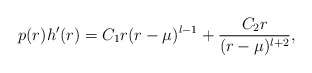
\begin{align*}p(r)h'(r) = C_1 r(r - \mu)^{l-1} + {C_2 r \over (r - \mu)^{l +2}},\end{align*}